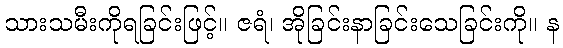
သားသမီးကိုရခြင်းဖြင့်။ ဇရံ၊ အိုခြင်းနာခြင်းသေခြင်းကို။ န